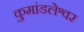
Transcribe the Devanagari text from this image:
कुमांडलेश्वर